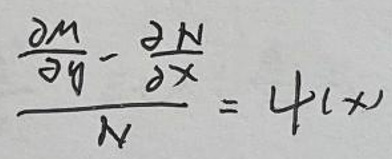
\[
\frac{\frac{\partial M}{\partial y}-\frac{\partial N}{\partial x}}{N}=\psi(x)
\]